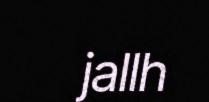
jallh